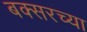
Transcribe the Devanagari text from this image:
बक्सरच्या